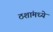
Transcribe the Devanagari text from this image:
ठशांमध्ये